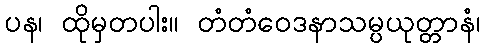
ပန၊ ထိုမှတပါး။ တံတံဝေဒနာသမ္ပယုတ္တာနံ၊